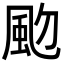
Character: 𩖝